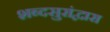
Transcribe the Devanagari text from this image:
शब्दसुरांद्वारा